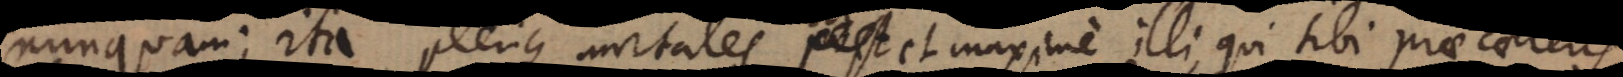
nunquam; ita plerique mortales, et maxime illi, qui sibi prae caeteris